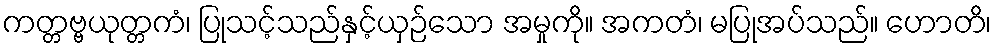
ကတ္တဗ္ဗယုတ္တကံ၊ ပြုသင့်သည်နှင့်ယှဉ်သော အမှုကို။ အကတံ၊ မပြုအပ်သည်။ ဟောတိ၊